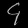
Digit: ၄